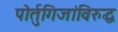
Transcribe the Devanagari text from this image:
पोर्तुगिजांविरुद्ध